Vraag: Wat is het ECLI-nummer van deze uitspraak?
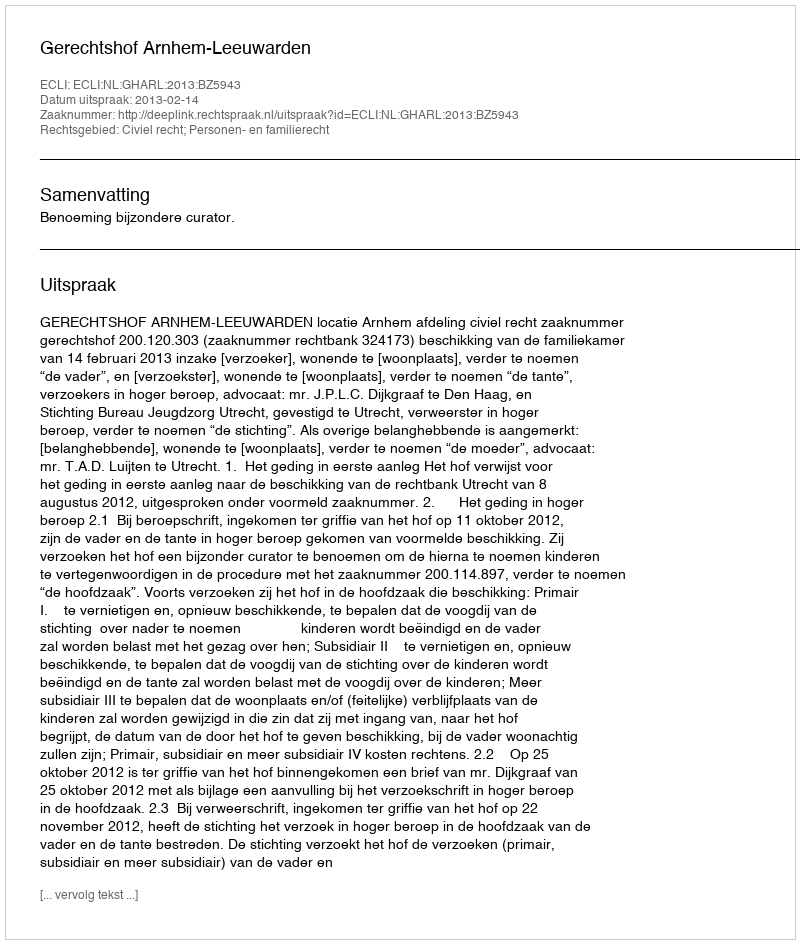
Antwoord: ECLI:NL:GHARL:2013:BZ5943